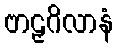
ဗာဠှဂိလာနံ